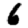
Digit: 6